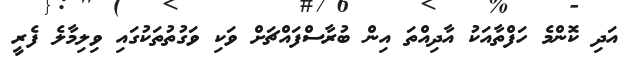
އަދި ކޮންމެ ހަފްތާއަކު އާދިއްތަ އިން ބުރާސްފައްޗަށް ވަކި ވަގުތުތަކުގައި ވިލިމާލެ ފެރީ